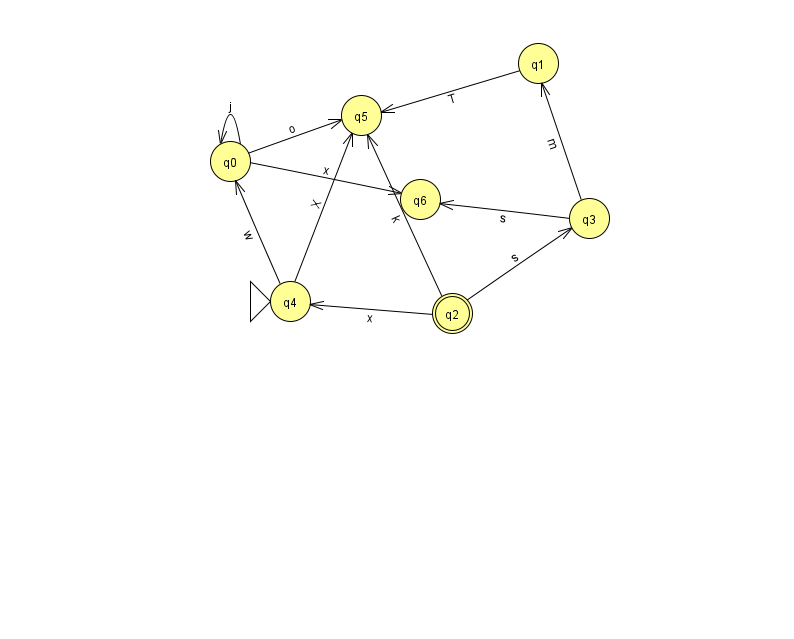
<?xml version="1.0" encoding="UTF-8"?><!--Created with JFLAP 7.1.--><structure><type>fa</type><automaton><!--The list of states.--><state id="0" name="q0"><x>230.0</x><y>148.0</y></state><state id="1" name="q1"><x>538.0</x><y>50.0</y></state><state id="2" name="q2"><x>452.0</x><y>300.0</y><final/></state><state id="3" name="q3"><x>589.0</x><y>205.0</y></state><state id="4" name="q4"><x>290.0</x><y>288.0</y><initial/></state><state id="5" name="q5"><x>361.0</x><y>102.0</y></state><state id="6" name="q6"><x>420.0</x><y>186.0</y></state><!--The list of transitions.--><transition><from>1</from><to>5</to><read>T</read></transition><transition><from>0</from><to>5</to><read>o</read></transition><transition><from>2</from><to>4</to><read>x</read></transition><transition><from>2</from><to>5</to><read>k</read></transition><transition><from>0</from><to>0</to><read>j</read></transition><transition><from>0</from><to>6</to><read>x</read></transition><transition><from>2</from><to>3</to><read>s</read></transition><transition><from>4</from><to>5</to><read>X</read></transition><transition><from>3</from><to>1</to><read>m</read></transition><transition><from>4</from><to>0</to><read>w</read></transition><transition><from>3</from><to>6</to><read>s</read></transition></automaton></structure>